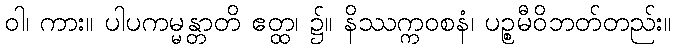
ဝါ၊ ကား။ ပါပကမ္မန္တာတိ ဧတ္ထ၊ ၌။ နိဿက္ကဝစနံ၊ ပဉ္စမီဝိဘတ်တည်း။